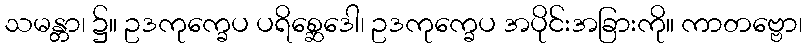
သမန္တာ၊ ၌။ ဥဒကုက္ခေပ ပရိစ္ဆေဒေါ၊ ဥဒကုက္ခေပ အပိုင်းအခြားကို။ ကာတဗ္ဗော၊